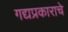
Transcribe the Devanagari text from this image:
गद्यप्रकाराचे